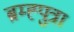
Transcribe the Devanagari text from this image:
ब्रम्ह्पुत्रा